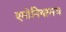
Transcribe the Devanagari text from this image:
एमोनियामय